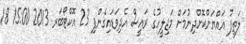
ލަތީފު އައްޔަންކޮށްދިނުމަށް މަޖިލީހުގެ ރައީސް އެދިވަޑައިގެންފި 23 އޮކްޓޯބަރ 2013 15:00 18